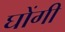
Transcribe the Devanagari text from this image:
घोंगी